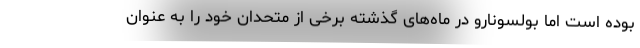
بوده است اما بولسونارو در ماه‌های گذشته برخی از متحدان خود را به عنوان